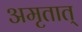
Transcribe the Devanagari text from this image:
अमृतात्‌